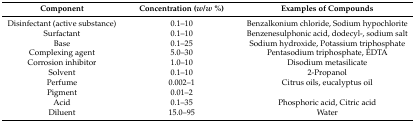
<table><thead><tr><td><b>Component</b></td><td><b>Concentration (<i>w</i>/<i>w</i> %)</b></td><td><b>Examples of Compounds</b></td></tr></thead><tbody><tr><td>Disinfectant (active substance)</td><td>0.1–10</td><td>Benzalkonium chloride, Sodium hypochlorite</td></tr><tr><td>Surfactant</td><td>0.1–10</td><td>Benzenesulphonic acid, dodecyl-, sodium salt</td></tr><tr><td>Base</td><td>0.1–25</td><td>Sodium hydroxide, Potassium triphosphate</td></tr><tr><td>Complexing agent</td><td>5.0–30</td><td>Pentasodium triphosphate, EDTA</td></tr><tr><td>Corrosion inhibitor</td><td>1.0–10</td><td>Disodium metasilicate</td></tr><tr><td>Solvent</td><td>0.1–10</td><td>2-Propanol</td></tr><tr><td>Perfume</td><td>0.002–1</td><td>Citrus oils, eucalyptus oil</td></tr><tr><td>Pigment</td><td>0.01–2</td><td></td></tr><tr><td>Acid</td><td>0.1–35</td><td>Phosphoric acid, Citric acid</td></tr><tr><td>Diluent</td><td>15.0–95</td><td>Water</td></tr></tbody></table>